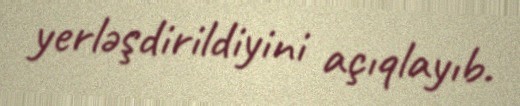
yerləşdirildiyini açıqlayıb.